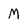
Character: M